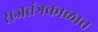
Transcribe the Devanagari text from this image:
राजतंत्रकाळात